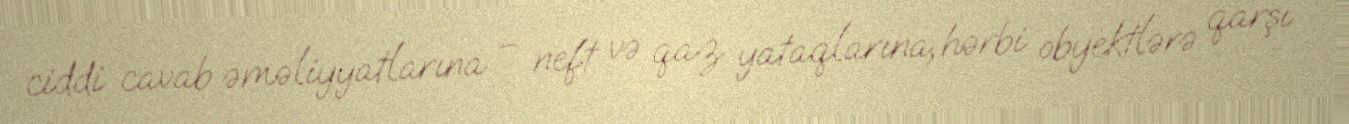
ciddi cavab əməliyyatlarına – neft və qaz yataqlarına, hərbi obyektlərə qarşı